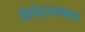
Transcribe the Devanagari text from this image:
दीर्घवृत्तलक्षण